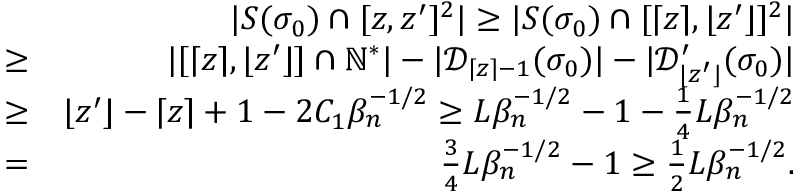
\begin{array} { r l r } & { } & { | S ( \sigma _ { 0 } ) \cap [ z , z ^ { \prime } ] ^ { 2 } | \geq | S ( \sigma _ { 0 } ) \cap [ \lceil z \rceil , \lfloor z ^ { \prime } \rfloor ] ^ { 2 } | } \\ & { \geq } & { | [ \lceil z \rceil , \lfloor z ^ { \prime } \rfloor ] \cap \mathbb { N } ^ { * } | - | \mathcal { D } _ { \lceil z \rceil - 1 } ( \sigma _ { 0 } ) | - | \mathcal { D } _ { \lfloor z ^ { \prime } \rfloor } ^ { \prime } ( \sigma _ { 0 } ) | } \\ & { \geq } & { \lfloor z ^ { \prime } \rfloor - \lceil z \rceil + 1 - 2 C _ { 1 } \beta _ { n } ^ { - 1 \slash 2 } \geq L \beta _ { n } ^ { - 1 \slash 2 } - 1 - \frac { 1 } { 4 } L \beta _ { n } ^ { - 1 \slash 2 } } \\ & { = } & { \frac { 3 } { 4 } L \beta _ { n } ^ { - 1 \slash 2 } - 1 \geq \frac { 1 } { 2 } L \beta _ { n } ^ { - 1 \slash 2 } . } \end{array}